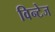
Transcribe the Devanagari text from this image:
विन्टेज